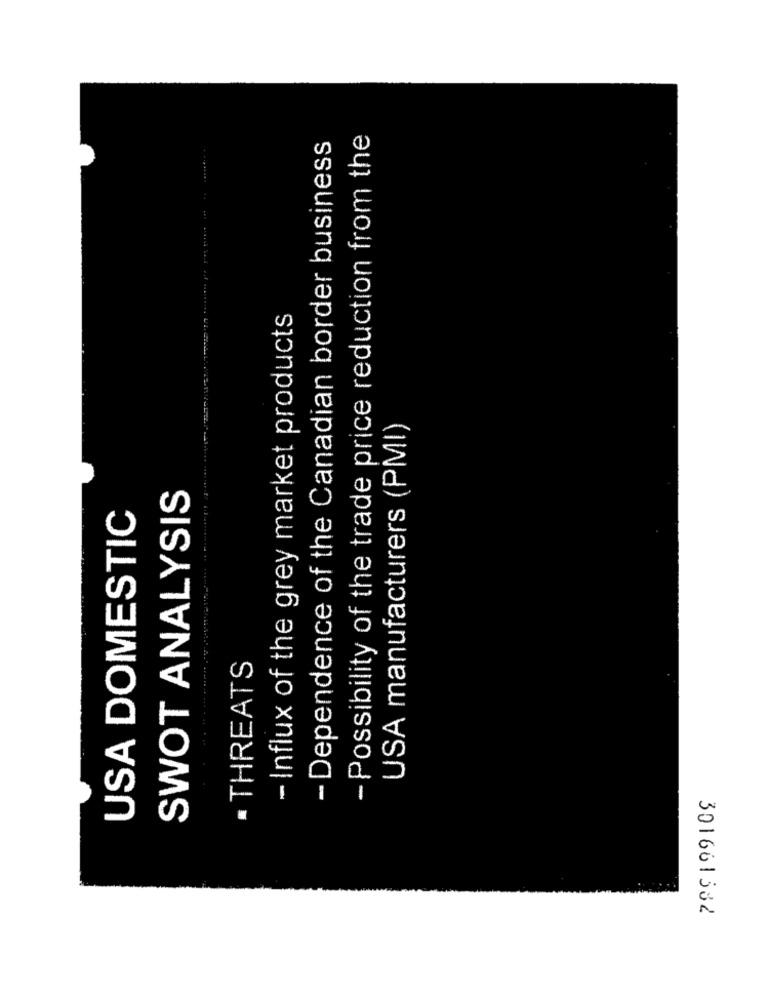
- Possibility of the trade price reduction from the
- Dependence of the Canadian border business
- Influx of the grey market products
USA manufacturers (PMI)
SWOT ANALYSIS
USA DOMESTIC
· THREATS
789199109